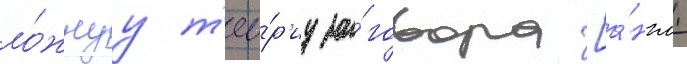
ло́жнуу т'ео́р'иу за́говора [а́нгл.